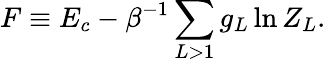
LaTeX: F\equiv E_{c}-\beta^{-1}\sum_{L>1}g_{L}\ln Z_{L}.